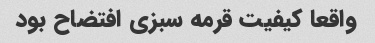
واقعا کیفیت قرمه سبزی افتضاح بود